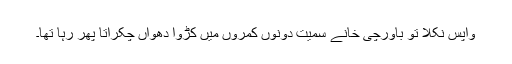
واپس نکلا تو باورچی خانے سمیت دونوں کمروں میں کڑوا دھواں چکراتا پھر رہا تھا۔